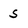
Character: S